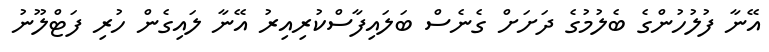
އޭނާ ފުލުހުންގެ ބެލުމުގެ ދަށަށް ގެނެސް ބަލައިފާސްކުރިއިރު އޭނާ ލައިގެން ހުރި ފަޓްލޫނު